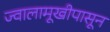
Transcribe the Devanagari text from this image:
ज्वालामूखीपासून